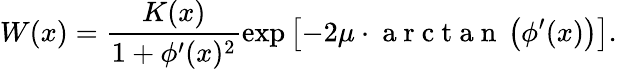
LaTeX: W(x)=\frac{K(x)}{1+\phi^{\prime}(x)^{2}}\exp\left[{-2\mu\cdot\mathrm{~a~r~c~t~a~n~}\left(\phi^{\prime}(x)\right)}\right].